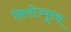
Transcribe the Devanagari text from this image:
किलोज्यूल्स